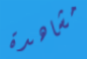
مشاهدة